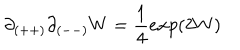
LaTeX: \partial _ { ( + + ) } \partial _ { ( -- ) } W = { \frac { 1 } { 4 } } e x p ( 2 W )